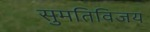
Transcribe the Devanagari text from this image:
सुमतिविजय